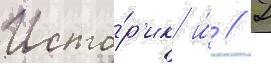
Исто́р'ик и́ // Г